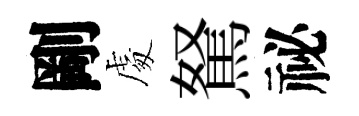
剛䖏駑祕